65_HS1-834228961_62-HQ-83894_Section_4
Agency: FBI
Page 76
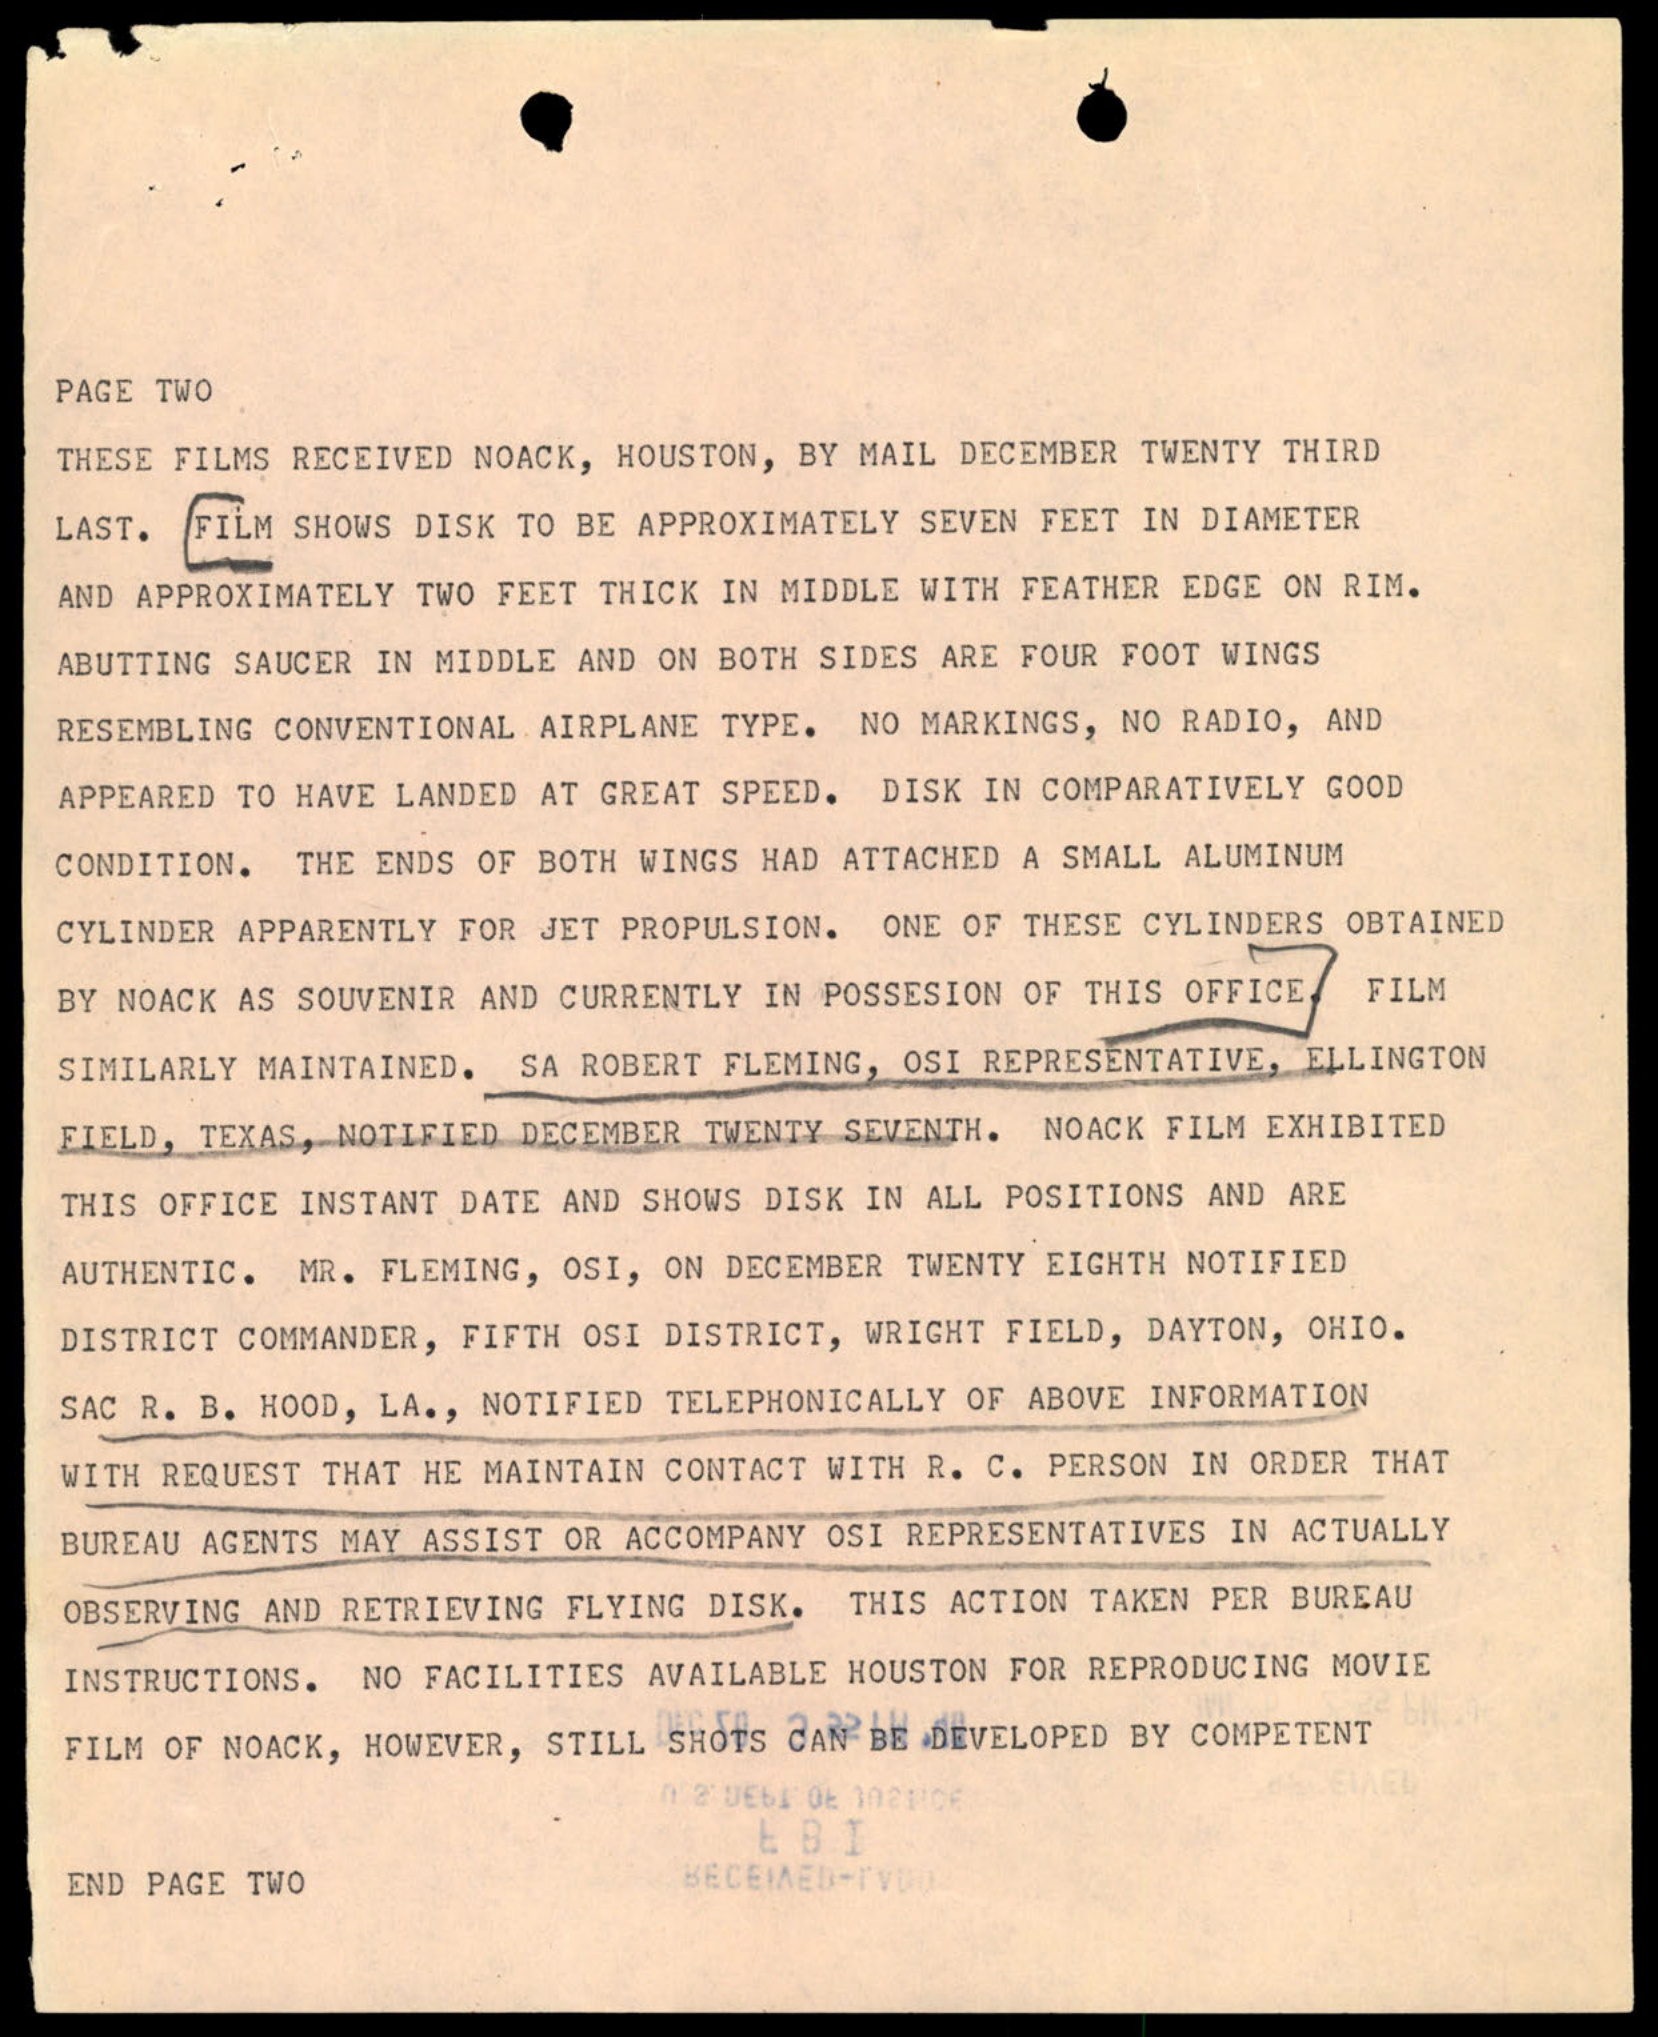